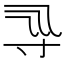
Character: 𡬞